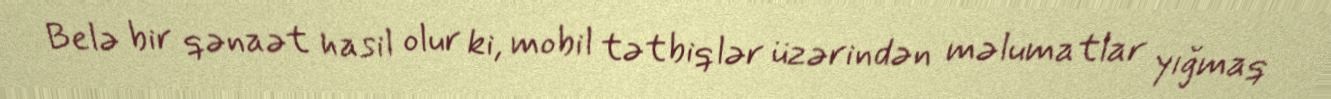
Belə bir qənaət hasil olur ki, mobil tətbiqlər üzərindən məlumatlar yığmaq